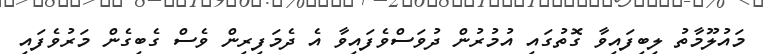
މައުލޫމާތު ލިބިފައިވާ ގޮތުގައި އުމުރުން ދުވަސްވެފައިވާ އެ ދެމަފިރިން ވެސް ގެބިގެން މަރުވެފައި